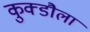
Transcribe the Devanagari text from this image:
कुक्डौला